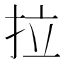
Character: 拉